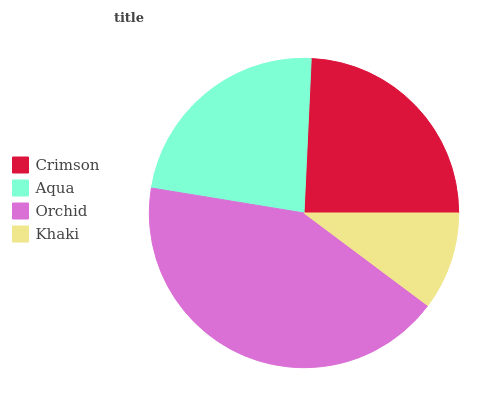
| Crimson | Aqua | Orchid | Khaki |
 | --- | --- | --- | --- |
 | 24.2% | 23.2% | 42.3% | 10.2% |